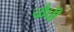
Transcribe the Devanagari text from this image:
चौघी